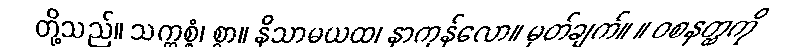
တို့သည်။ သက္ကစ္စံ၊ စွာ။ နိသာမယထ၊ နာကုန်လော။ မှတ်ချက်။ ။ ဝစနတ္ထကို